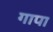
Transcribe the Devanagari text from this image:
गापा